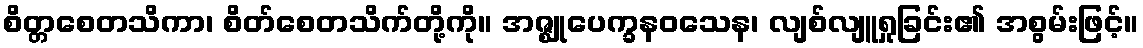
စိတ္တစေတသိကာ၊ စိတ်စေတသိက်တို့ကို။ အဇ္ဈုပေက္ခနဝသေန၊ လျစ်လျူရှုခြင်း၏ အစွမ်းဖြင့်။